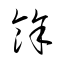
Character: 餘